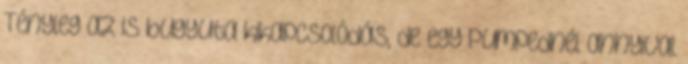
Tényleg az is bugyuta kikapcsolódás, de egy Pumpednél annyival